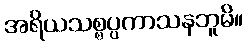
အရိယသစ္စပ္ပကာသနဘူမိ။